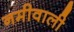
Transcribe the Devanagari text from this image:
नमीवाली